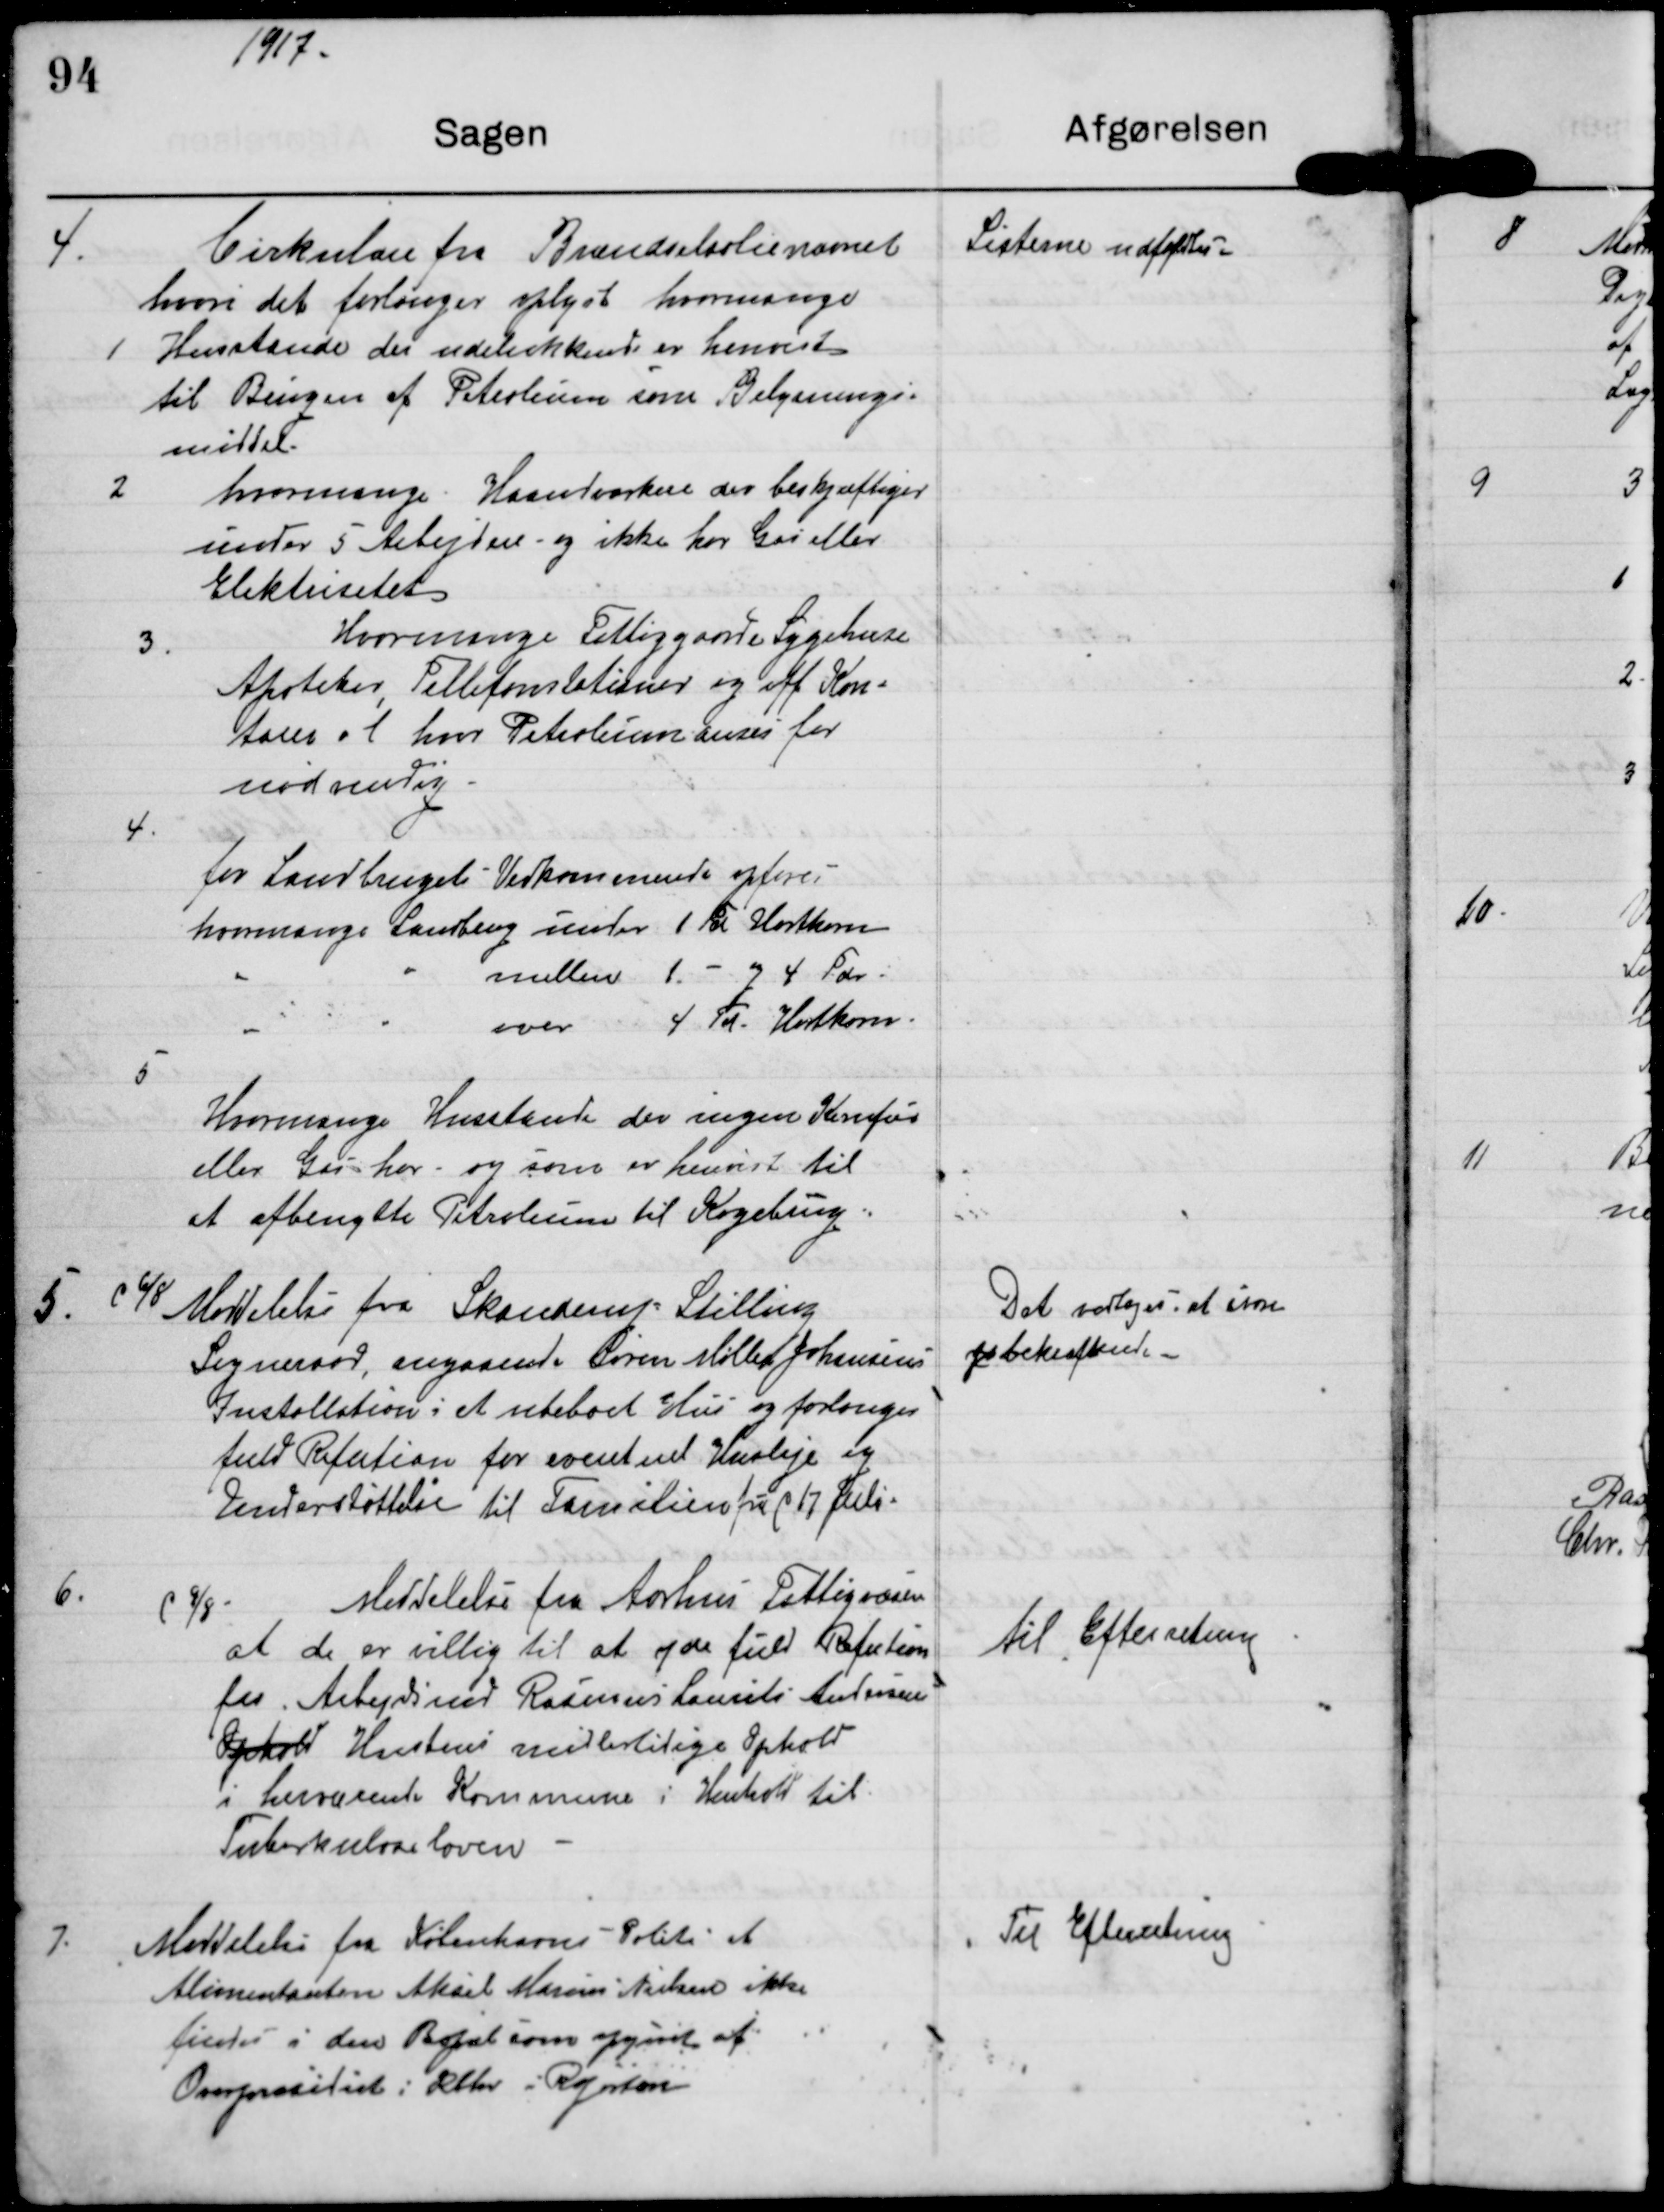
Transskription:
1917.

4.
Cirkulære fra Brændselsolienævnet
hvori det forlanges oplyst hvormange
1
Husstande der udelukkende er henvist
til Brugen af Petroleum som Belysnings-
middel.
2
hvormange Haandværkere der beskjæftiger
under 5 Arbejdere og ikke har Gas eller
Elektrisitet.
3.
Hvormange Fattiggaarde, Sygehuse,
Apoteker, Tellefonstationer og off Kon-
torer o l hvor Petroleum anses for
nødvendig.
4.
for Landbrugets Vedkommende opføres
hvormange Landbrug under 1 Tdr Hartkorn
" " mellem 1 og 4 Tdr "
" " over 4 Td Hartkorn

Listerne udfyldtes

5
Hvormange Husstande der ingen Komfur
eller Gas har - og som er henvist til
at afbenytte Petroleum til Kogebrug.

5. d 6/8 Meddelelse fra Skanderup Stilling
Sogneraad, angaaende Søren Møller Johansens
Installation i et ubeboet Hus og forlanges
fuld Refution for eventuel Husleje og
Understøttelse til familien fra d 17 Juli.

Det vedtoges at svare
bekræftende

6
d 9/8
Meddelelse fra Aarhus Fattigvæsen
at de er villig til at yde fuld Refution
for Arbejdsmd. Rasmus Laurits Antonsens
Ophold Hustrus midlertidige Ophold
i herværende Kommune i Henhold til
Tuberkuloseloven.

til Efterretning

7.
Meddelelse fra Københavns Politi at
Alimentanten Aksel Marius Nielsen ikke
findes i den Bopæl som opgivet af
Overpræsidiet i Kbhv i R

Til Efterretning